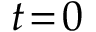
t \! = \! 0